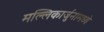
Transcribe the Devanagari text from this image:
मल्लिकार्जुनामध्ये